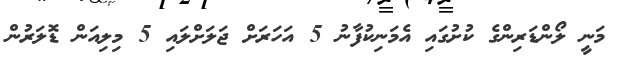
މަނީ ލޯންޑަރިންގެ ކުށުގައި އެމަނިކުފާނު 5 އަހަރަށް ޖަލަށްލައި 5 މިލިއަން ޑޮލަރުން